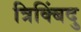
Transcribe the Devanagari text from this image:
त्रिक्बिंदु